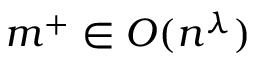
m ^ { + } \in O ( n ^ { \lambda } )